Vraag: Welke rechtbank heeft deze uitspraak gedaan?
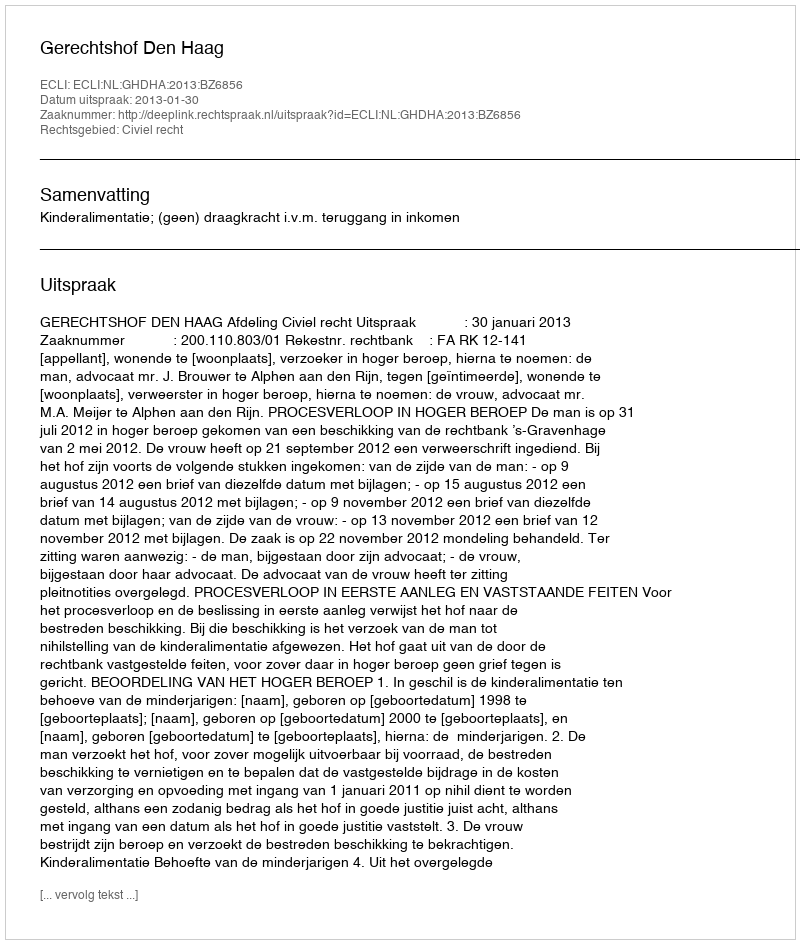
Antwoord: Gerechtshof Den Haag